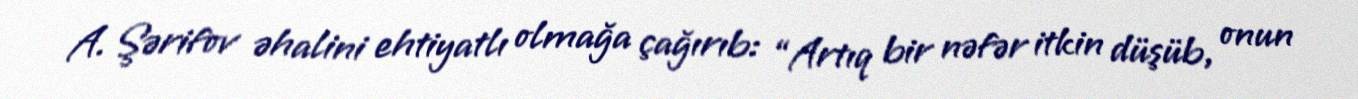
A. Şərifov əhalini ehtiyatlı olmağa çağırıb: “Artıq bir nəfər itkin düşüb, onun